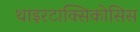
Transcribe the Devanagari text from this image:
थाइरटाक्सिकोसिस